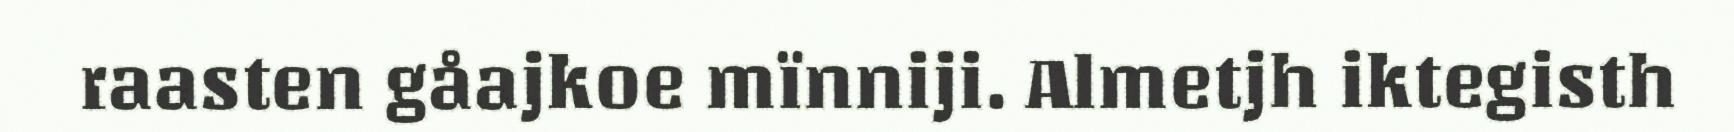
raasten gåajkoe mïnniji. Almetjh iktegisth